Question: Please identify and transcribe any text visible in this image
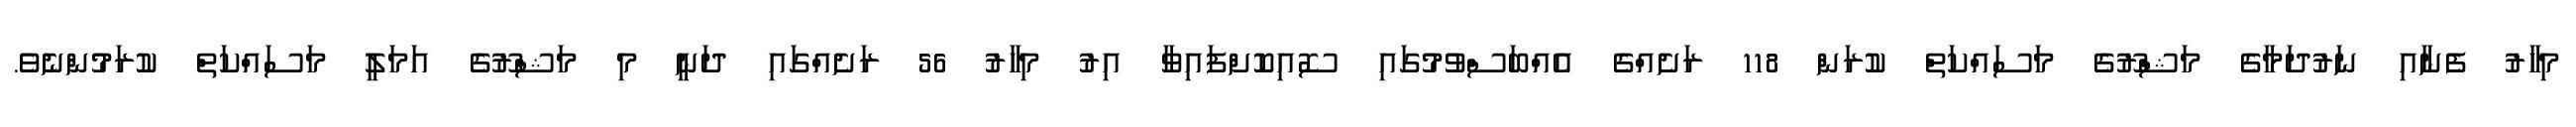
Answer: މިހާރު ފެނާއި ނަރުދަމާގެ މަޝްރޫގެ މަސައްކަތް ކުރަން 118 ރަށެއްގެ އެއްބަސްވުމުގައި ސޮއިކޮށްފައިވާ އިރު މިހާރު 56 ރަށެއްގައި ދަނީ މި މަޝްރޫގެ އަމަލީ މަސައްކަތް ކުރަމުންނެވެ.